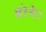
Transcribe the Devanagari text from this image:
होने।